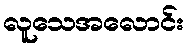
လူသေအလောင်း